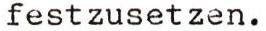
festzusetzen.